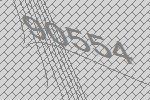
90554